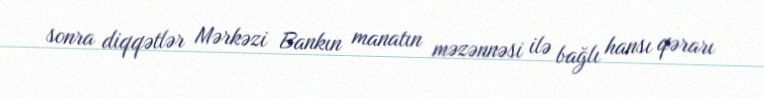
sonra diqqətlər Mərkəzi Bankın manatın məzənnəsi ilə bağlı hansı qərarı